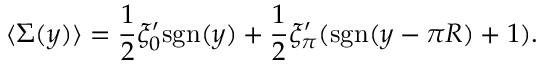
\langle \Sigma ( y ) \rangle = { \frac { 1 } { 2 } } \xi _ { 0 } ^ { \prime } \mathrm { s g n } ( y ) + { \frac { 1 } { 2 } } \xi _ { \pi } ^ { \prime } ( \mathrm { s g n } ( y - \pi R ) + 1 ) .